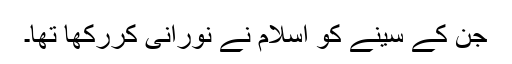
جن کے سینے کو اسلام نے نورانی کررکھا تھا۔